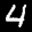
Label: 4